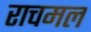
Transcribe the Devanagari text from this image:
राचमल